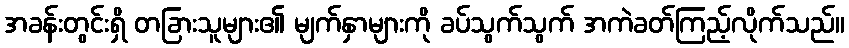
အခန်းတွင်းရှိ တခြားသူများ၏ မျက်နှာများကို ခပ်သွက်သွက် အကဲခတ်ကြည့်လိုက်သည်။